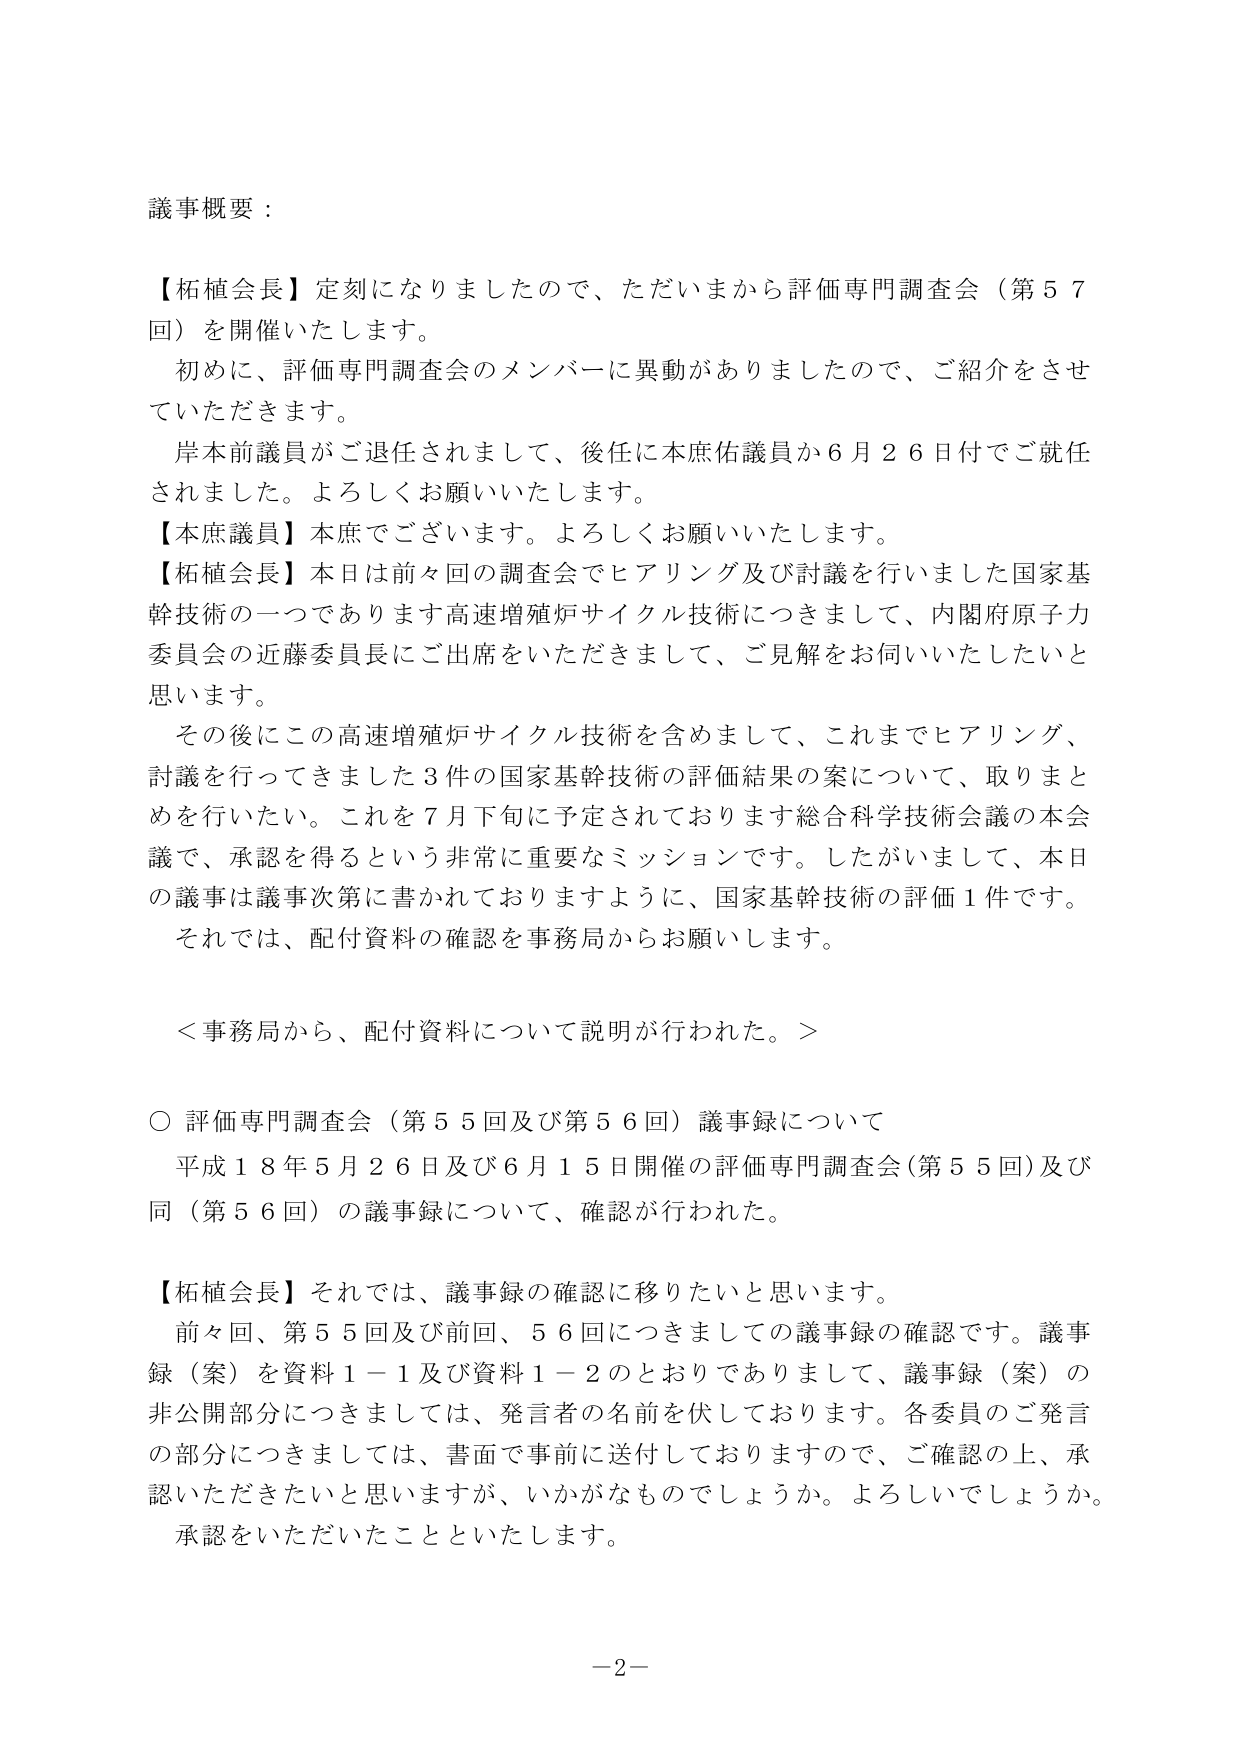
議事概要：

【柘植会長】定刻になりましたので、ただいまから評価専門調査会（第５７回）を開催いたします。
　初めに、評価専門調査会のメンバーに異動がありましたので、ご紹介をさせていただきます。
　岸本前議員がご退任されまして、後任に本庶佑議員が６月２６日付でご就任されました。よろしくお願いいたします。
【本庶議員】本日でございます。よろしくお願いいたします。
【柘植会長】本日は前々回の調査会でヒアリング及び討議を行いました国家基幹技術の一つであります高速増殖炉サイクル技術につきまして、内閣府原子力委員会の近藤委員長にご出席をいただきまして、ご見解をお伺いしたいと思います。
　その後にこの高速増殖炉サイクル技術を含めまして、これまでヒアリング、討議を行ってきました３件の国家基幹技術の評価結果の案について、取りまとめを行いたい。これを７月下旬に予定されております総合科学技術会議の本会議で、承認を得るという非常に重要なミッションです。したがいまして、本日の議事は議事次第に書かれておりますように、国家基幹技術の評価１件です。
　それでは、配付資料の確認を事務局からお願いします。

＜事務局から、配付資料について説明が行われた。＞

○ 評価専門調査会（第５５回及び第５６回）議事録について
　平成１８年５月２６日及び６月１５日開催の評価専門調査会（第５５回）及び同（第５６回）の議事録について、確認が行われた。

【柘植会長】それでは、議事録の確認に移りたいと思います。
　前々回、第５５回及び前回、５６回につきましての議事録の確認です。議事録（案）を資料１－１及び資料１－２のとおりでありますして、議事録（案）の非公開部分につきましては、発言者の名前を伏しております。各委員のご発言の部分につきましては、書面で事前に送付しておりますので、ご確認の上、承認いただきたいと思いますが、いかがなものでしょうか。よろしいでしょうか。承認をいただいたことといたします。

－2－